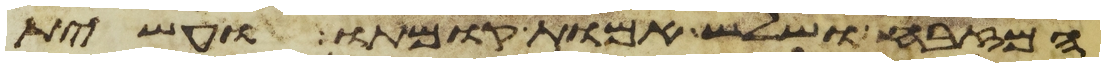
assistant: המזבח ושלש אמות קומתו ועשית